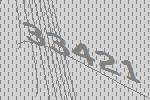
33421